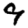
Digit: 9